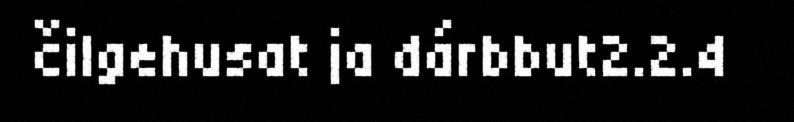
čilgehusat ja dárbbut2.2.4